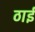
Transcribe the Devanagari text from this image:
ठाईं